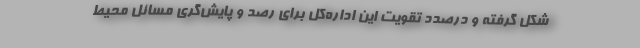
شکل گرفته و درصدد تقویت این اداره‌کل برای رصد و پایش‌گری مسائل محیط